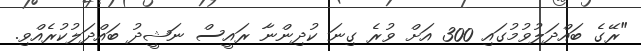
"ރޭގެ ބައްދަލުވުމުގައި 300 އަށް ވުރެ ގިނަ ކުދިންނާ ރައީސް ނަޝީދު ބައްދަލުކުރެއްވި.